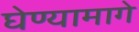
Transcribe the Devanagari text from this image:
घेण्यामागे